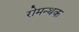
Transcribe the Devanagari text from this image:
रोमन्थक